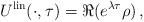
LaTeX: \begin{align*}U^{\rm lin}(\cdot,\tau) = \Re (e^{\lambda \tau} \rho) \, ,\end{align*}